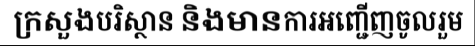
ក្រសួងបរិស្ថាន និងមានការអញ្ជើញចូលរួម